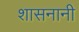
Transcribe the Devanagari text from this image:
शासनानी